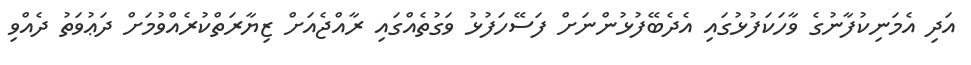
އަދި އެމަނިކުފާނުގެ ވާހަކަފުޅުގައި އެދެބޭފުޅުންނަށް ފަސޭހަފުޅު ވަގުތެއްގައި ރާއްޖެއަށް ޒިޔާރަތްކުރެއްވުމަށް ދަޢުވަތު ދެއްވި